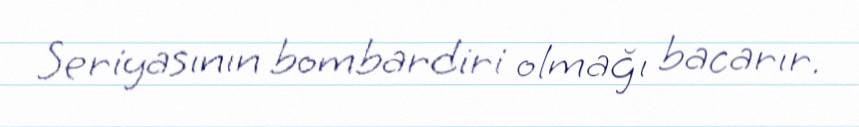
Seriyasının bombardiri olmağı bacarır.